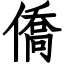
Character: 僑